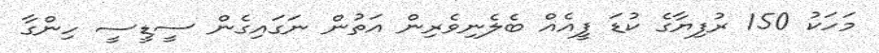
މަހަކު 150 ރުފިޔާގެ ކުޑަ ފީއެއް ބެލެނިވެރިން އަތުން ނަގައިގެން ސީޑީސީ ހިންގާ